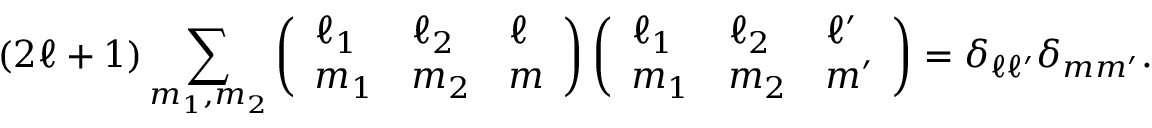
( 2 \ell + 1 ) \sum _ { m _ { 1 } , m _ { 2 } } \left( \begin{array} { l l l } { \ell _ { 1 } } & { \ell _ { 2 } } & { \ell } \\ { m _ { 1 } } & { m _ { 2 } } & { m } \end{array} \right) \left( \begin{array} { l l l } { \ell _ { 1 } } & { \ell _ { 2 } } & { \ell ^ { \prime } } \\ { m _ { 1 } } & { m _ { 2 } } & { m ^ { \prime } } \end{array} \right) = \delta _ { \ell \ell ^ { \prime } } \delta _ { m m ^ { \prime } } .